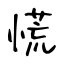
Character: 慌